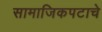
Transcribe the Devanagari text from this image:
सामाजिकपटाचे